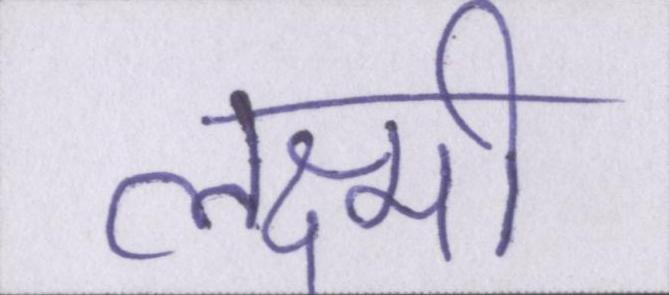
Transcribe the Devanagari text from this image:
लक्ष्मी